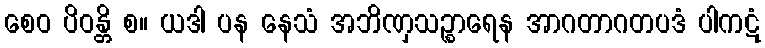
စေဝ ပိဝန္တိ စ။ ယဒါ ပန နေသံ အဘိဏှသဉ္စာရေန အာဂတာဂတပဒံ ပါကဋံ